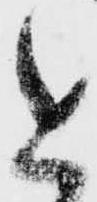
と